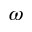
\omega